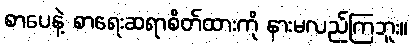
စာပေနဲ့ စာရေးဆရာစိတ်ထားကို နားမလည်ကြဘူး။